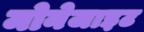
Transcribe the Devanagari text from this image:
मोनेजाइट